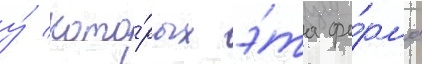
у́ кото́рых э́та фо́рма